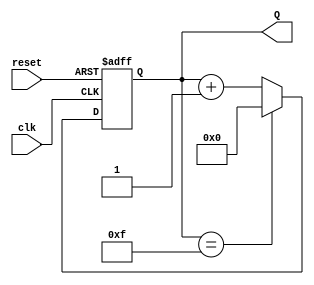
module binary_up_counter #(
    parameter N = 4  // Parameter to define the width of the counter (N bits)
)(
    input wire clk,       // Clock input
    input wire reset,     // Asynchronous reset input
    output reg [N-1:0] Q // N-bit output count
);

// Always block triggered on the rising edge of the clock or when reset is asserted
always @(posedge clk or posedge reset) begin
    if (reset) begin
        Q <= 0; // Reset the counter to 0
    end else begin
        if (Q == (2**N - 1)) begin
            Q <= 0; // Wrap around to 0 if maximum value is reached
        end else begin
            Q <= Q + 1; // Increment the counter
        end
    end
end

endmodule